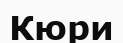
Кюри